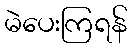
မဲပေးကြရန်